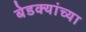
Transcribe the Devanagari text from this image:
बेडक्यांच्या